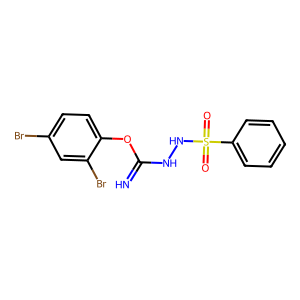
SMILES: N=C(NNS(=O)(=O)c1ccccc1)Oc1ccc(Br)cc1Br
Inhibits HIV replication: No